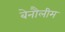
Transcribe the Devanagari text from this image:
बेनौलीम